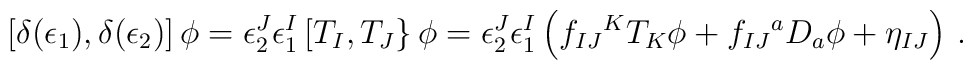
\left[ \delta (\epsilon _1),\delta (\epsilon _2)\right] \phi =  \epsilon _2^J\epsilon ^I_1\left[ T_I,T_J\right\} \phi =\epsilon _2^J\epsilon ^I_1\left( f_{IJ}{}^{K}T_K\phi+f_{IJ}{}^a D_a\phi  +\eta_{IJ}\right)\,.